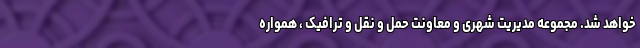
خواهد شد. مجموعه مدیریت شهری و معاونت حمل و نقل و ترافیک ، همواره